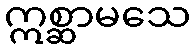
ဣစ္ဆာမသေ